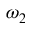
\omega _ { 2 }